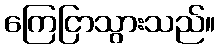
ကြေငြာသွားသည်။